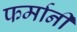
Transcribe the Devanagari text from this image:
फर्मानी